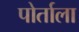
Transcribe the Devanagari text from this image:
पोर्ताला